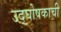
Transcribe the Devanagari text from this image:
उद्घोषकाची